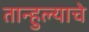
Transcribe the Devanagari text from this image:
तान्हुल्याचे